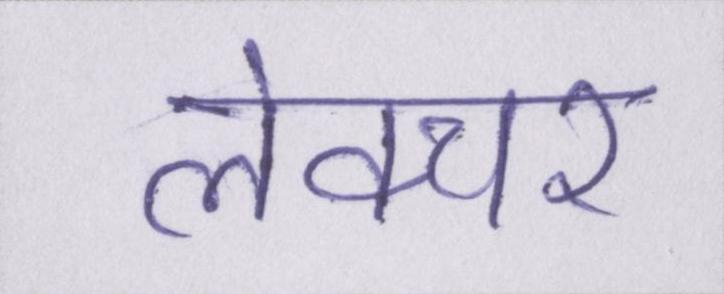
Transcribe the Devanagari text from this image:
लेक्चर